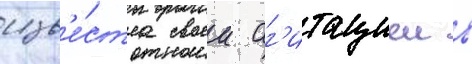
изв'е́стна своеи аг'итациеи в